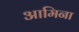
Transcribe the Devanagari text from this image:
आमिना